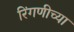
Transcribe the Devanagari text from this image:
रिंगणीच्या